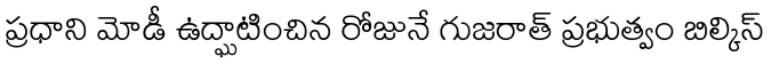
ప్రధాని మోడీ ఉద్ఘాటించిన రోజునే గుజరాత్ ప్రభుత్వం బిల్కిస్